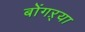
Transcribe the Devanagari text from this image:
बोंगऱ्या